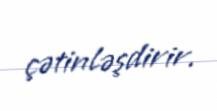
çətinləşdirir.